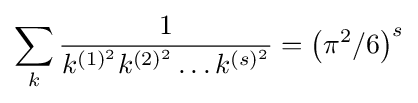
\sum _{k}{\frac {1}{k^{(1)^{2}}k^{(2)^{2}}\dots k^{(s)^{2}}}}=\left(\pi ^{2}/6\right)^{s}